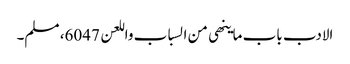
الادب باب ماینھی من السباب واللعن 6047، مسلم۔